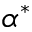
\alpha ^ { * }